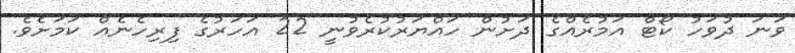
ވަނަ ދުވަހު ކޯޓް އަމުރެއްގެ ދަށުން ހައްޔަރުކުރެވުނީ 22 އަހަރުގެ ފިރިހެނެއް ކަަމަށެވެ.